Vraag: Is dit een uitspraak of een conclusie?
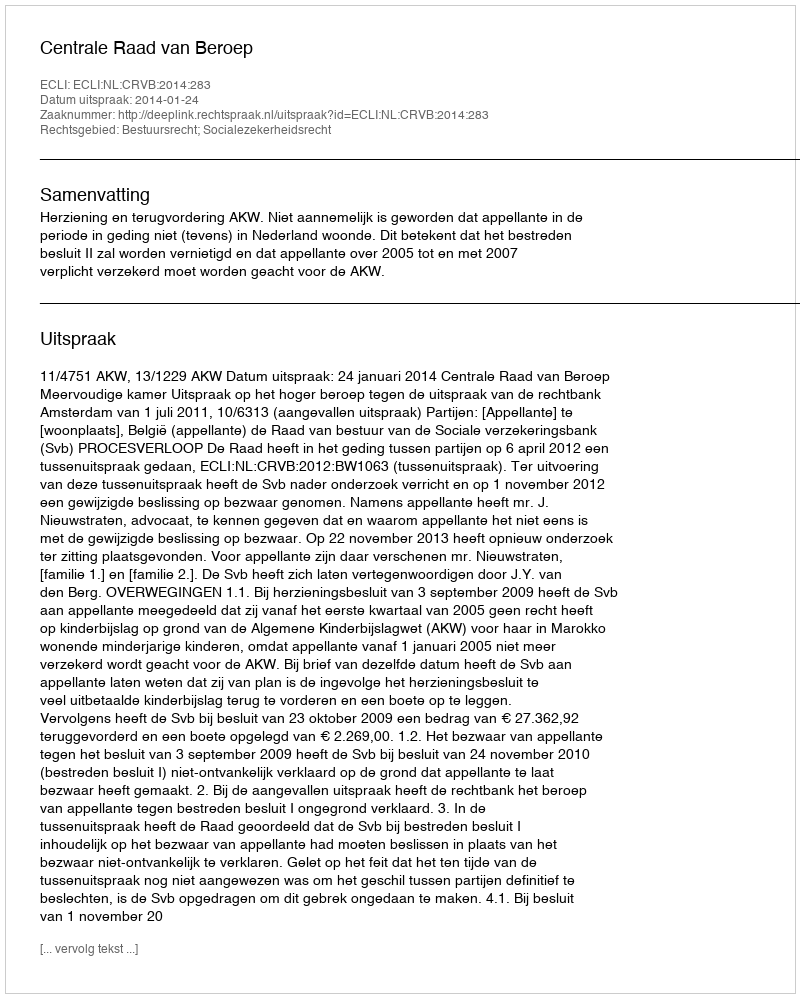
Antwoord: Uitspraak